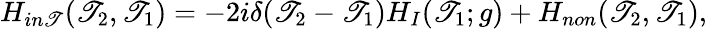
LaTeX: H_{in\mathscr{T}}(\mathscr{T}_{2},\mathscr{T}_{1})=-2i\delta(\mathscr{T}_{2}-\mathscr{T}_{1})H_{I}(\mathscr{T}_{1};g)+H_{non}(\mathscr{T}_{2},\mathscr{T}_{1}),